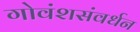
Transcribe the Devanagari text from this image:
गोवंशसंवर्धन